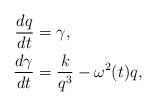
LaTeX: \begin{align*} \frac{dq}{dt}&=\gamma,\\\frac{d\gamma}{dt}&=\frac{k}{q^3}-\omega^2(t)q,\end{align*}